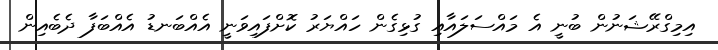
އިމިގްރޭޝަނުން ބުނީ އެ މައްސަލައާއި ގުޅިގެން ހައްޔަރު ކޮށްފައިވަނީ އެއްބަނޑު އެއްބަފާ ދެބެއިން